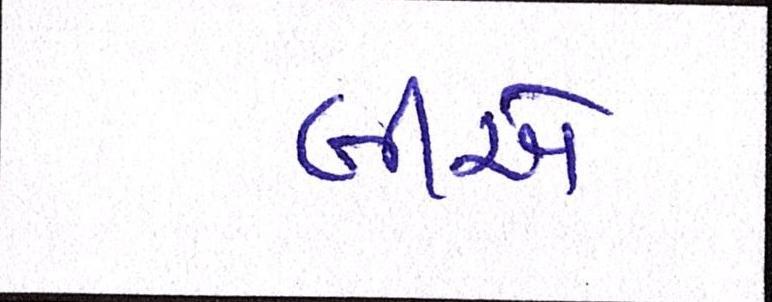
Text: બીએ